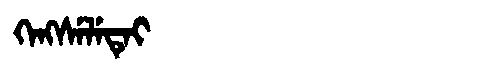
Manchu: ᡴᡝᠩᠰᡝᠯᡝᡨᡝᡳ
Romanization: KENGSELETEI